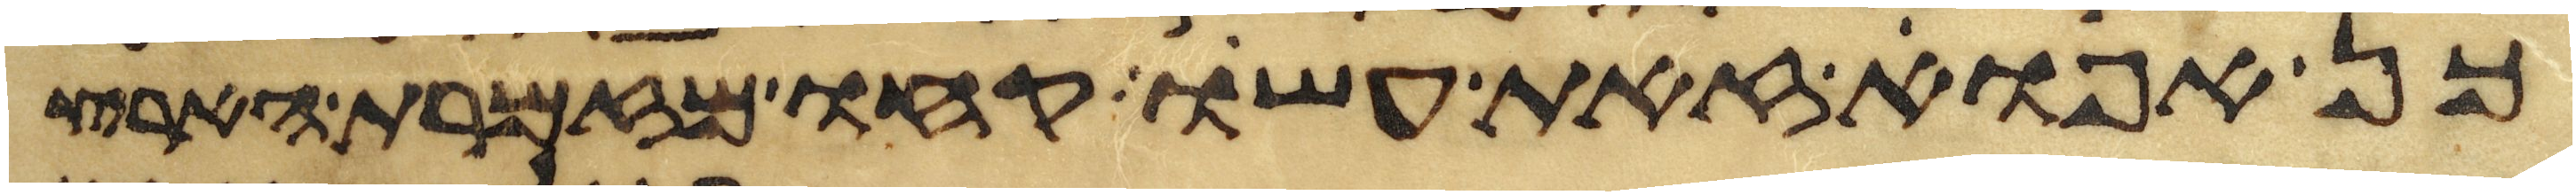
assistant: כן אפוא זאת עשו קחו מזמרת הארץ